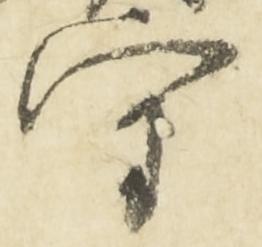
守